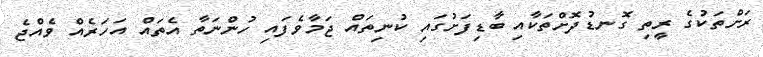
ރަށްތަކުގެ ރީތި ގޮނޑުދޮށްތަކާއި ބާޑިފަށުގައި ކުނިތައް ޖަމާވެފައި ހުންނަތާ އެތައް އަހަރެއް ވެއްޖެ